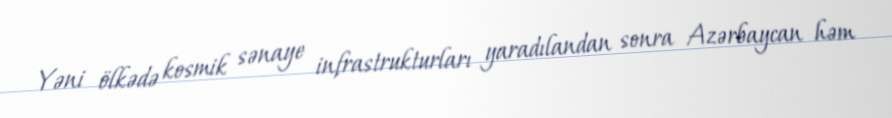
Yəni ölkədə kosmik sənaye infrastrukturları yaradılandan sonra Azərbaycan həm